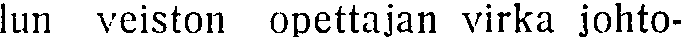
lun veiston opettajan virka johto-